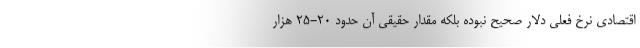
اقتصادی نرخ فعلی دلار صحیح نبوده بلکه مقدار حقیقی آن حدود ۲۰-۲۵ هزار